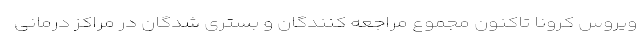
ویروس کرونا تاکنون مجموع مراجعه کنندگان و بستری شدگان در مراکز درمانی